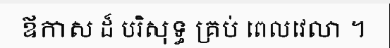
ឪកាស ដ៏ បរិសុទ្ធ គ្រប់ ពេលវេលា ។